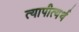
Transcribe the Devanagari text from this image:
त्यापीत्यर्थ